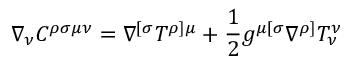
\nabla _ { \nu } C ^ { \rho \sigma \mu \nu } = \nabla ^ { [ \sigma } T ^ { \rho ] \mu } + \frac { 1 } { 2 } g ^ { \mu [ \sigma } \nabla ^ { \rho ] } T _ { \nu } ^ { \nu }